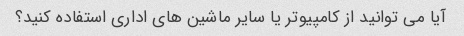
آیا می توانید از کامپیوتر یا سایر ماشین های اداری استفاده کنید؟